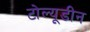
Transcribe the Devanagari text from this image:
टोल्यूडीन